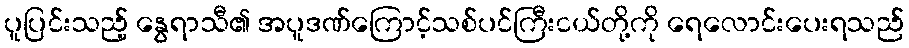
ပူပြင်းသည့် နွေရာသီ၏ အပူဒဏ်ကြောင့်သစ်ပင်ကြီးငယ်တို့ကို ရေလောင်းပေးရသည်